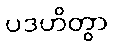
ပဒဟိတွာ